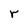
Character: r